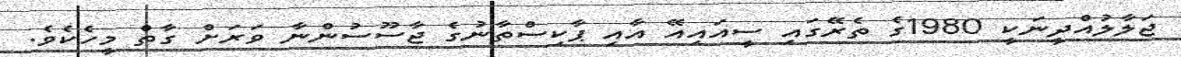
ޖަލާލުއްދީނަކީ 1980ގެ ތެރޭގައި ސީއައިއޭ އާއި ޕާކިސްތާނުގެ ޖާސޫސުންނާ ވަރަށް ގާތް މީހެކެވެ.